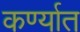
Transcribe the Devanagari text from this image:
कर्ण्यात